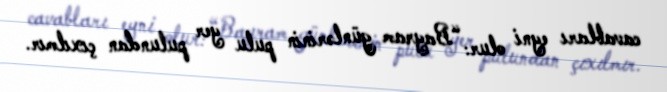
cavabları eyni olur: “Bayram günlərinin pulu yer pulundan çıxılmır.